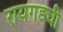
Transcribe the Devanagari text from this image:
रायगडची